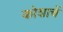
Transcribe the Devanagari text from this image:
कोशाचें